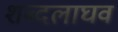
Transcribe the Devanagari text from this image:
शब्दलाघव